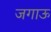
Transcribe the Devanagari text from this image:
जगाऊ